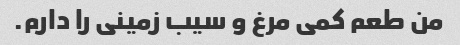
من طعم کمی مرغ و سیب زمینی را دارم.